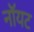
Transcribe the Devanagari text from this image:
नॉयट